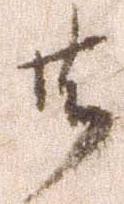
共